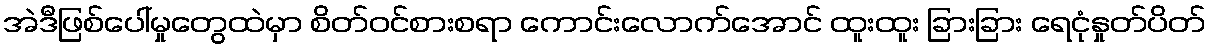
အဲဒီဖြစ်ပေါ်မှုတွေထဲမှာ စိတ်ဝင်စားစရာ ကောင်းလောက်အောင် ထူးထူး ခြားခြား ရေငုံနှုတ်ပိတ်